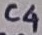
Text: C3